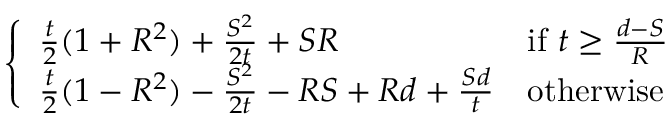
\begin{array} { r } { \left\{ \begin{array} { l l } { \frac { t } { 2 } ( 1 + R ^ { 2 } ) + \frac { S ^ { 2 } } { 2 t } + S R } & { \mathrm { i f ~ } t \geq \frac { d - S } { R } } \\ { \frac { t } { 2 } ( 1 - R ^ { 2 } ) - \frac { S ^ { 2 } } { 2 t } - R S + R d + \frac { S d } { t } } & { \mathrm { o t h e r w i s e } } \end{array} \right. } \end{array}